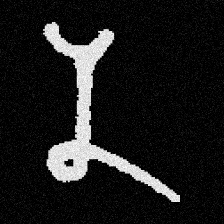
Pyu character \u2014 Myanmar letter: န (romanized: na)